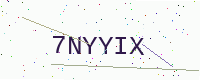
Text: 7NYYIX